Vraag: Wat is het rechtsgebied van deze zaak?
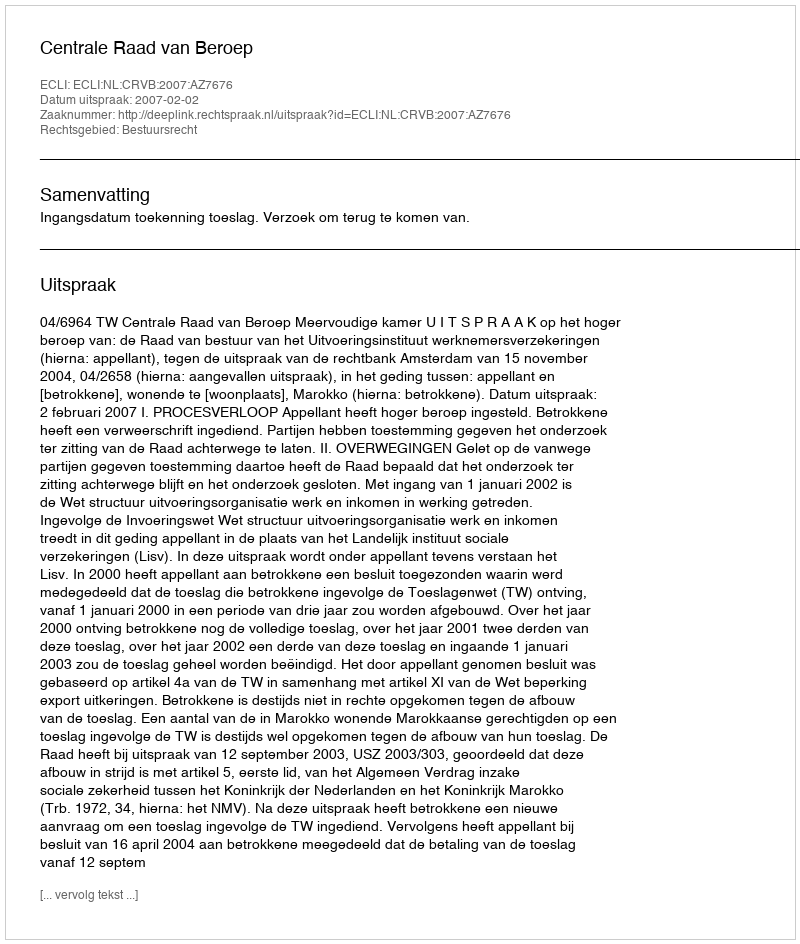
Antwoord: Bestuursrecht